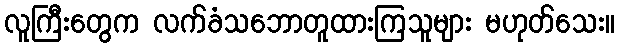
လူကြီးတွေက လက်ခံသဘောတူထားကြသူများ မဟုတ်သေး။